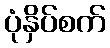
ပုံနှိပ်စက်